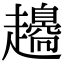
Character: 𧾫